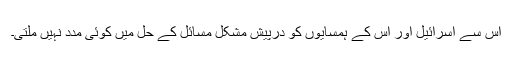
اس سے اسرائیل اور اس کے ہمسایوں کو درپیش مشکل مسائل کے حل میں کوئی مدد نہیں ملتی۔